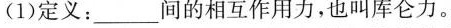
(1)定义：___间的相互作用力，也叫库仑力。